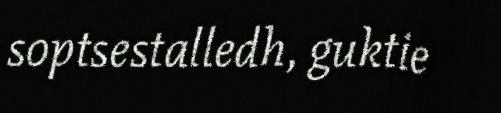
soptsestalledh, guktie